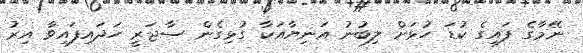
ނޭމާގެ ފައިގެ ކުޑަ ހުޅަށް ލިބުނު އަނިޔާއަކާ ގުޅިގެން ސާޖަރީ ހަދައިފައިވާ އިރު